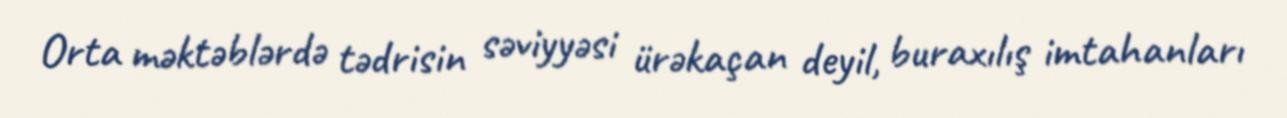
Orta məktəblərdə tədrisin səviyyəsi ürəkaçan deyil, buraxılış imtahanları